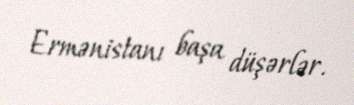
Ermənistanı başa düşərlər.